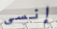
إنسى